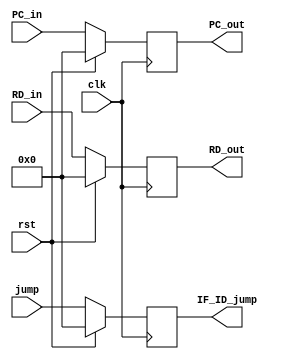
module IF_ID( clk, rst, PC_in, PC_out, RD_in, RD_out, jump, IF_ID_jump ) ;
	input clk, rst ;
	input [31:0] PC_in, RD_in, jump ;
	output reg [31:0] PC_out, RD_out, IF_ID_jump ;
	
	always@( posedge clk ) begin
		if( rst ) begin
			PC_out <= 32'b0 ;
			RD_out <= 32'b0 ;
			IF_ID_jump <= 32'b0;
		end
		else begin
			PC_out <= PC_in ;
			RD_out <= RD_in ;
			IF_ID_jump <= jump;
		end
		
	end
	
endmodule